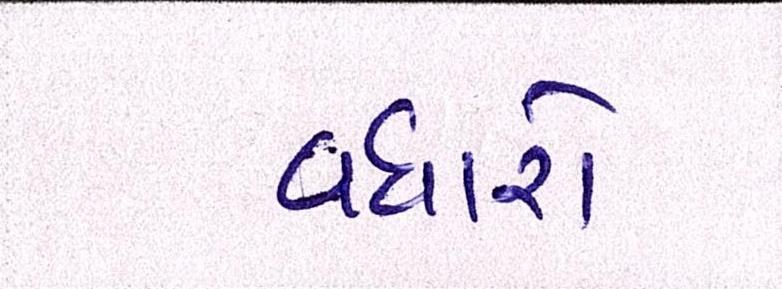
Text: વધારો